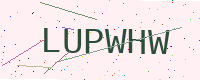
Text: LUPWHW